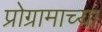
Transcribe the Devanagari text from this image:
प्रोग्रामाच्या